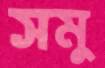
সমু